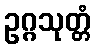
ဥဂ္ဂသုတ္တံ